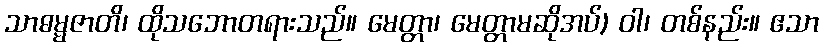
သာဓမ္မဇာတိ၊ ထိုသဘောတရားသည်။ မေတ္တာ၊ မေတ္တာမဆိုအပ်) ဝါ၊ တစ်နည်း။ ဧသာ